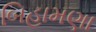
બિહામણા